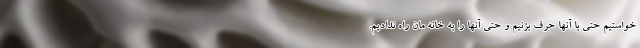
خواستیم حتی با آنها حرف بزنیم و حتی آنها را به خانه مان راه ندادیم.